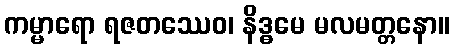
ကမ္မာရော ရဇတဿေဝ၊ နိဒ္ဓမေ မလမတ္တနော။